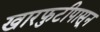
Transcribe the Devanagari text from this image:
खारफुटीपासून